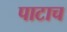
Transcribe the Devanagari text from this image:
पाटाच